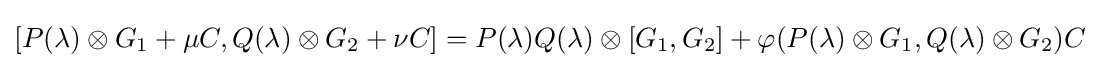
[P(\lambda )\otimes G_{1}+\mu C,Q(\lambda )\otimes G_{2}+\nu C]=P(\lambda )Q(\lambda )\otimes [G_{1},G_{2}]+\varphi (P(\lambda )\otimes G_{1},Q(\lambda )\otimes G_{2})C